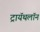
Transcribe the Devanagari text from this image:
ट्रायॅथलॉन